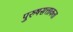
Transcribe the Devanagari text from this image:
पुरुषसत्ताकता